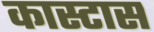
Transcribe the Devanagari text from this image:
कास्टास